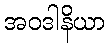
အဝဒါနိယာ